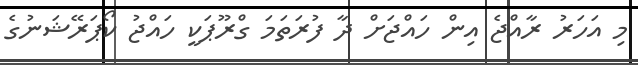
މި އަހަރު ރާއްޖެ އިން ހައްޖަށް ދާ ފުރަތަމަ ގްރޫޕަކީ ހައްޖު ކޯޕަރޭޝަނުގެ